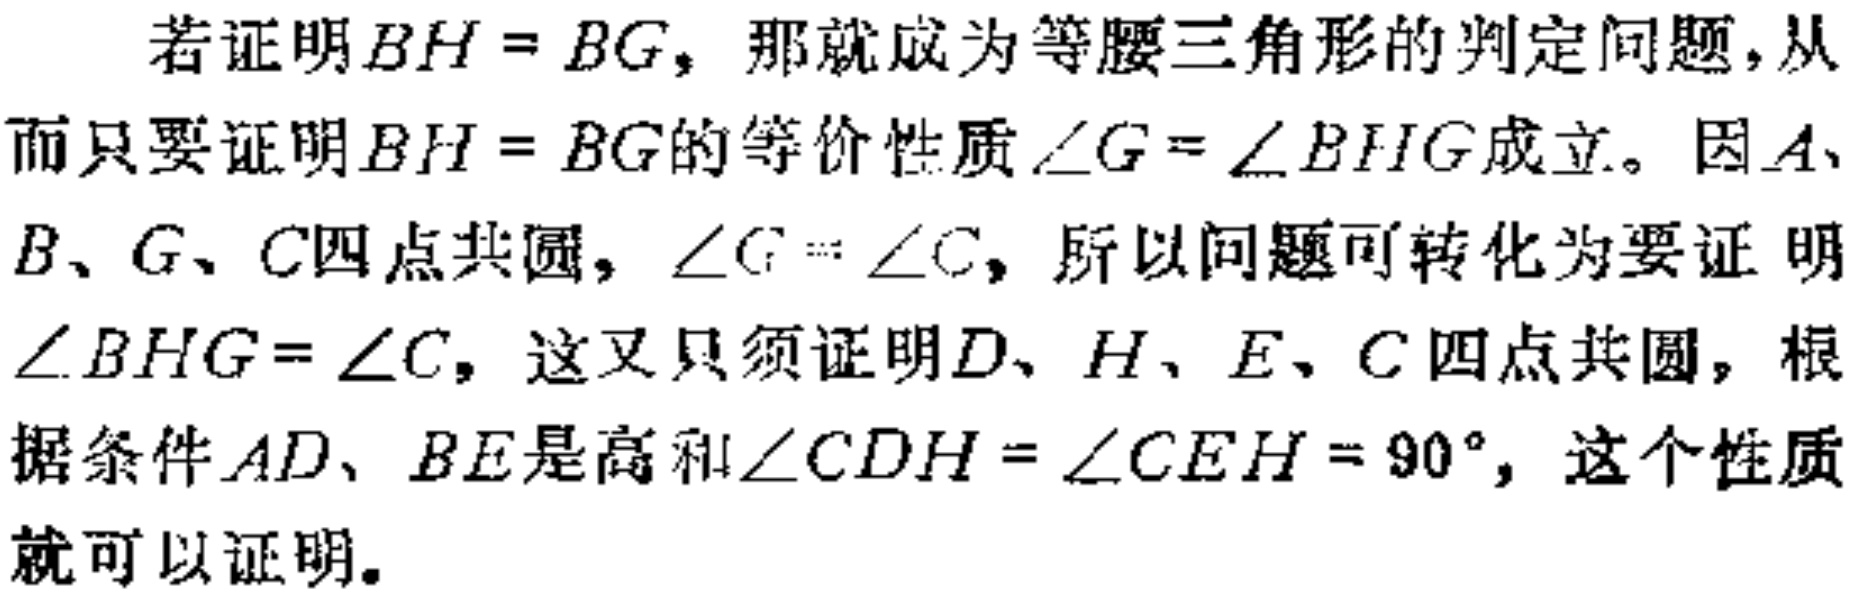
若证明\(BH = BG\)，那就成为等腰三角形的判定问题，从而只要证明\(BH = BG\)的等价性质\(\angle G=\angle BHG\)成立。因\(A\)、\(B\)、\(G\)、\(C\)四点共圆，\(\angle G = \angle C\)，所以问题可转化为要证明\(\angle BHG=\angle C\)，这又只须证明\(D\)、\(H\)、\(E\)、\(C\)四点共圆，根据条件\(AD\)、\(BE\)是高和\(\angle CDH=\angle CEH = 90^{\circ}\)，这个性质就可以证明。